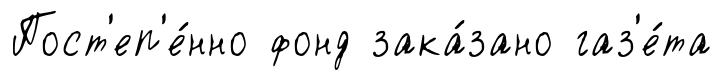
Пост'еп'е́нно фонд зака́зано газ'е́та